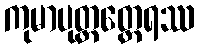
ကုမာပုတ္တတ္ထေရဿ